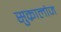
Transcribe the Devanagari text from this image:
सुक्रालोज